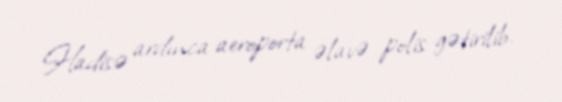
Hadisə ardınca aeroporta əlavə polis gətirilib.